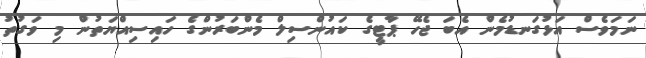
ނަމަވެސް އަޅުގަނޑުމެން އެބަ ޖެހޭ ޕާޓީގެ ކައުންސިލް މެންބަރުންގެ ހައިސިއްޔަތުން މި ވަގުތު